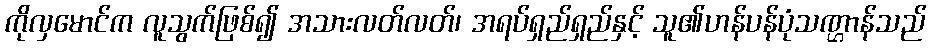
ကိုလှမောင်က လူသွက်ဖြစ်၍ အသားလတ်လတ်၊ အရပ်ရှည်ရှည်နှင့် သူ၏ဟန်ပန်ပုံသဏ္ဌာန်သည်